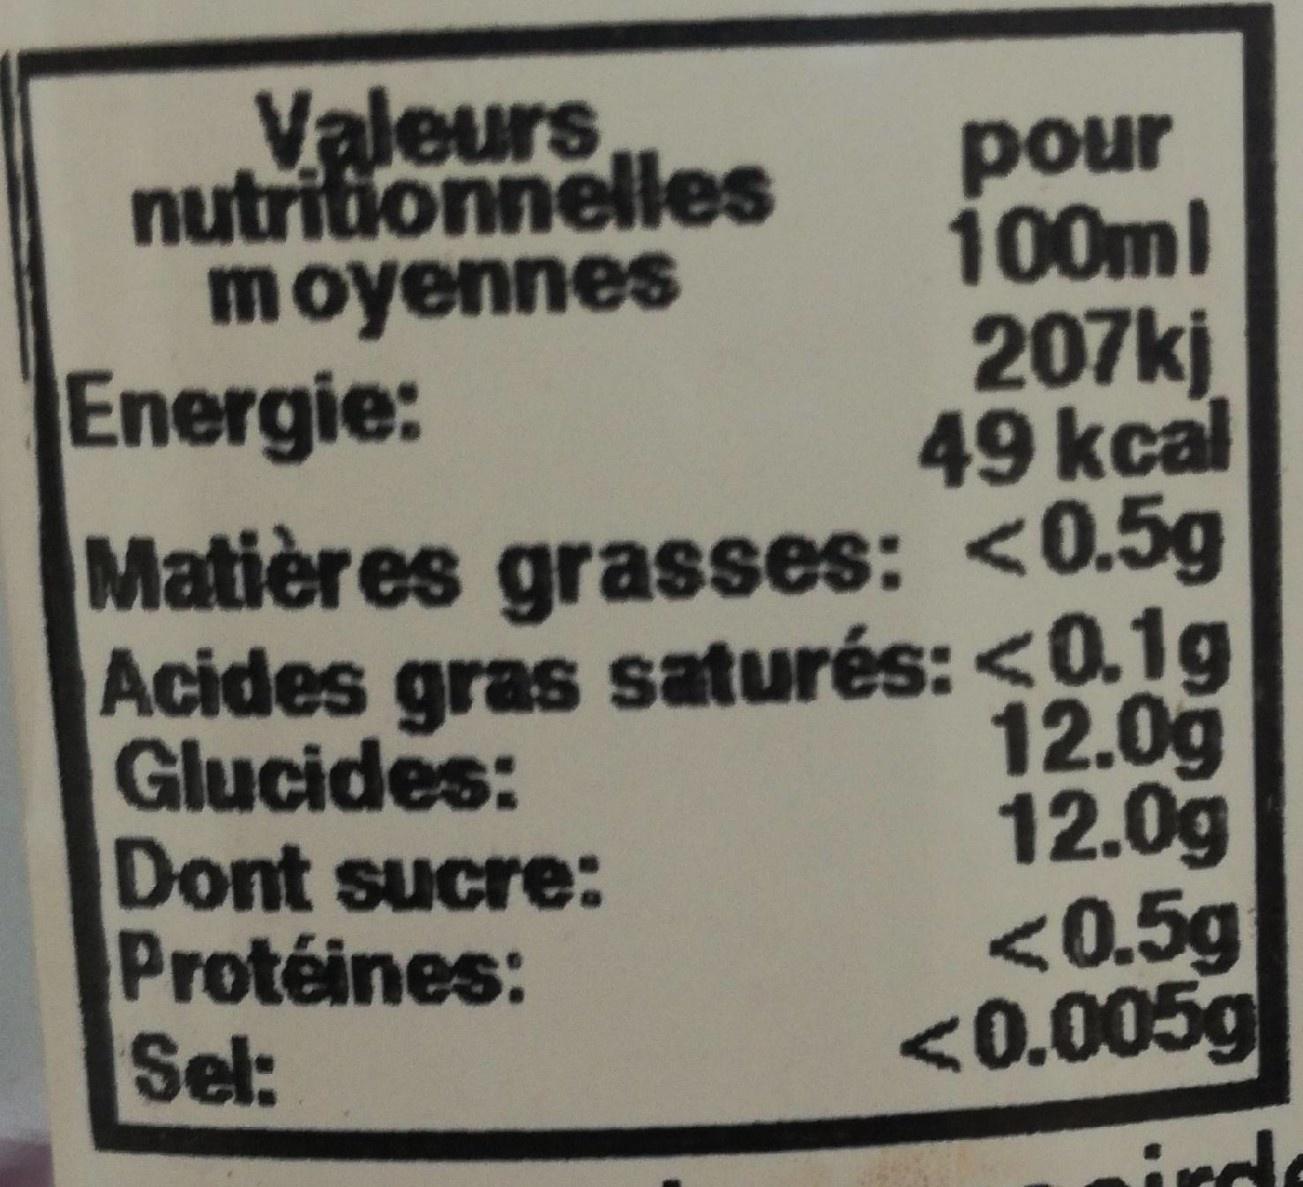
Valeurs nutritionnelles moyennes
pour 100ml
207kj
49 kcal
Energie:
Matières grasses: <0.5g
Acides gras saturés: <0.1g Glucides:
12.0g 12.0g
Dont sucre:
Protéines: Sel:
<0.5g
<0.005g
inde